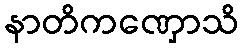
နာတိကဏှောသိ